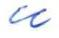
u